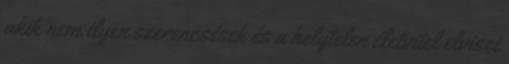
akik nem ilyen szerencsések és a helytelen életvitel elviszi